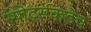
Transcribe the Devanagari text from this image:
स्पोर्ट्सकडेच